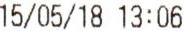
15/05/18 13:06